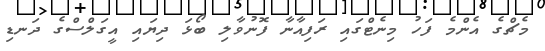
މެޗްގެ އެންމެ ފަހު މިނެޓްގައި ރަފިއާނާ ފޮނުވާލި ބޯޅަ ދިޔައި އީގަލްސްގެ ދަނޑި